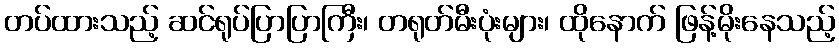
တပ်ထားသည့် ဆင်ရုပ်ပြာပြာကြီး၊ တရုတ်မီးပုံးများ၊ ထိုနောက် ဖြန့်မိုးနေသည့်